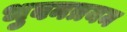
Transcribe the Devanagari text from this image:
भुवनत्रयम